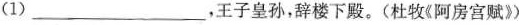
(1)___，王子皇孙，辞楼下殿。(杜牧《阿房宫赋》)